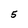
Character: 5